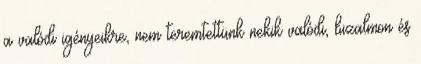
a valódi igényeikre, nem teremtettünk nekik valódi, bizalmon és